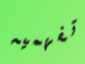
تفهميه